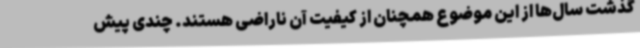
گذشت سال‌ها از این موضوع همچنان از کیفیت آن ناراضی هستند. چندی پیش